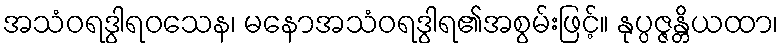
အသံဝရဒွါရဝသေန၊ မနောအသံဝရဒွါရ၏အစွမ်းဖြင့်။ နုပ္ပဇ္ဇန္တိယထာ၊